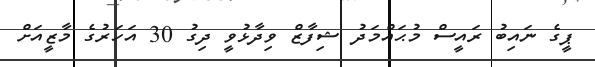
ޕީގެ ނައިބު ރައީސް މުޙައްމަދު ޝިފާޒް ވިދާޅުވީ ދިގު 30 އަހަރުގެ މާޒީއަށް